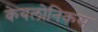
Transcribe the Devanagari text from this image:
केयलोनिकस